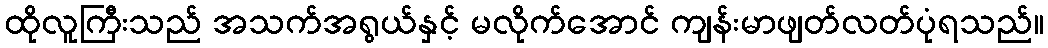
ထိုလူကြီးသည် အသက်အရွယ်နှင့် မလိုက်အောင် ကျန်းမာဖျတ်လတ်ပုံရသည်။